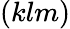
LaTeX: (klm)